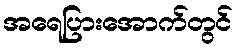
အရေပြားအောက်တွင်